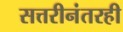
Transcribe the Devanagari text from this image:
सत्तरीनंतरही